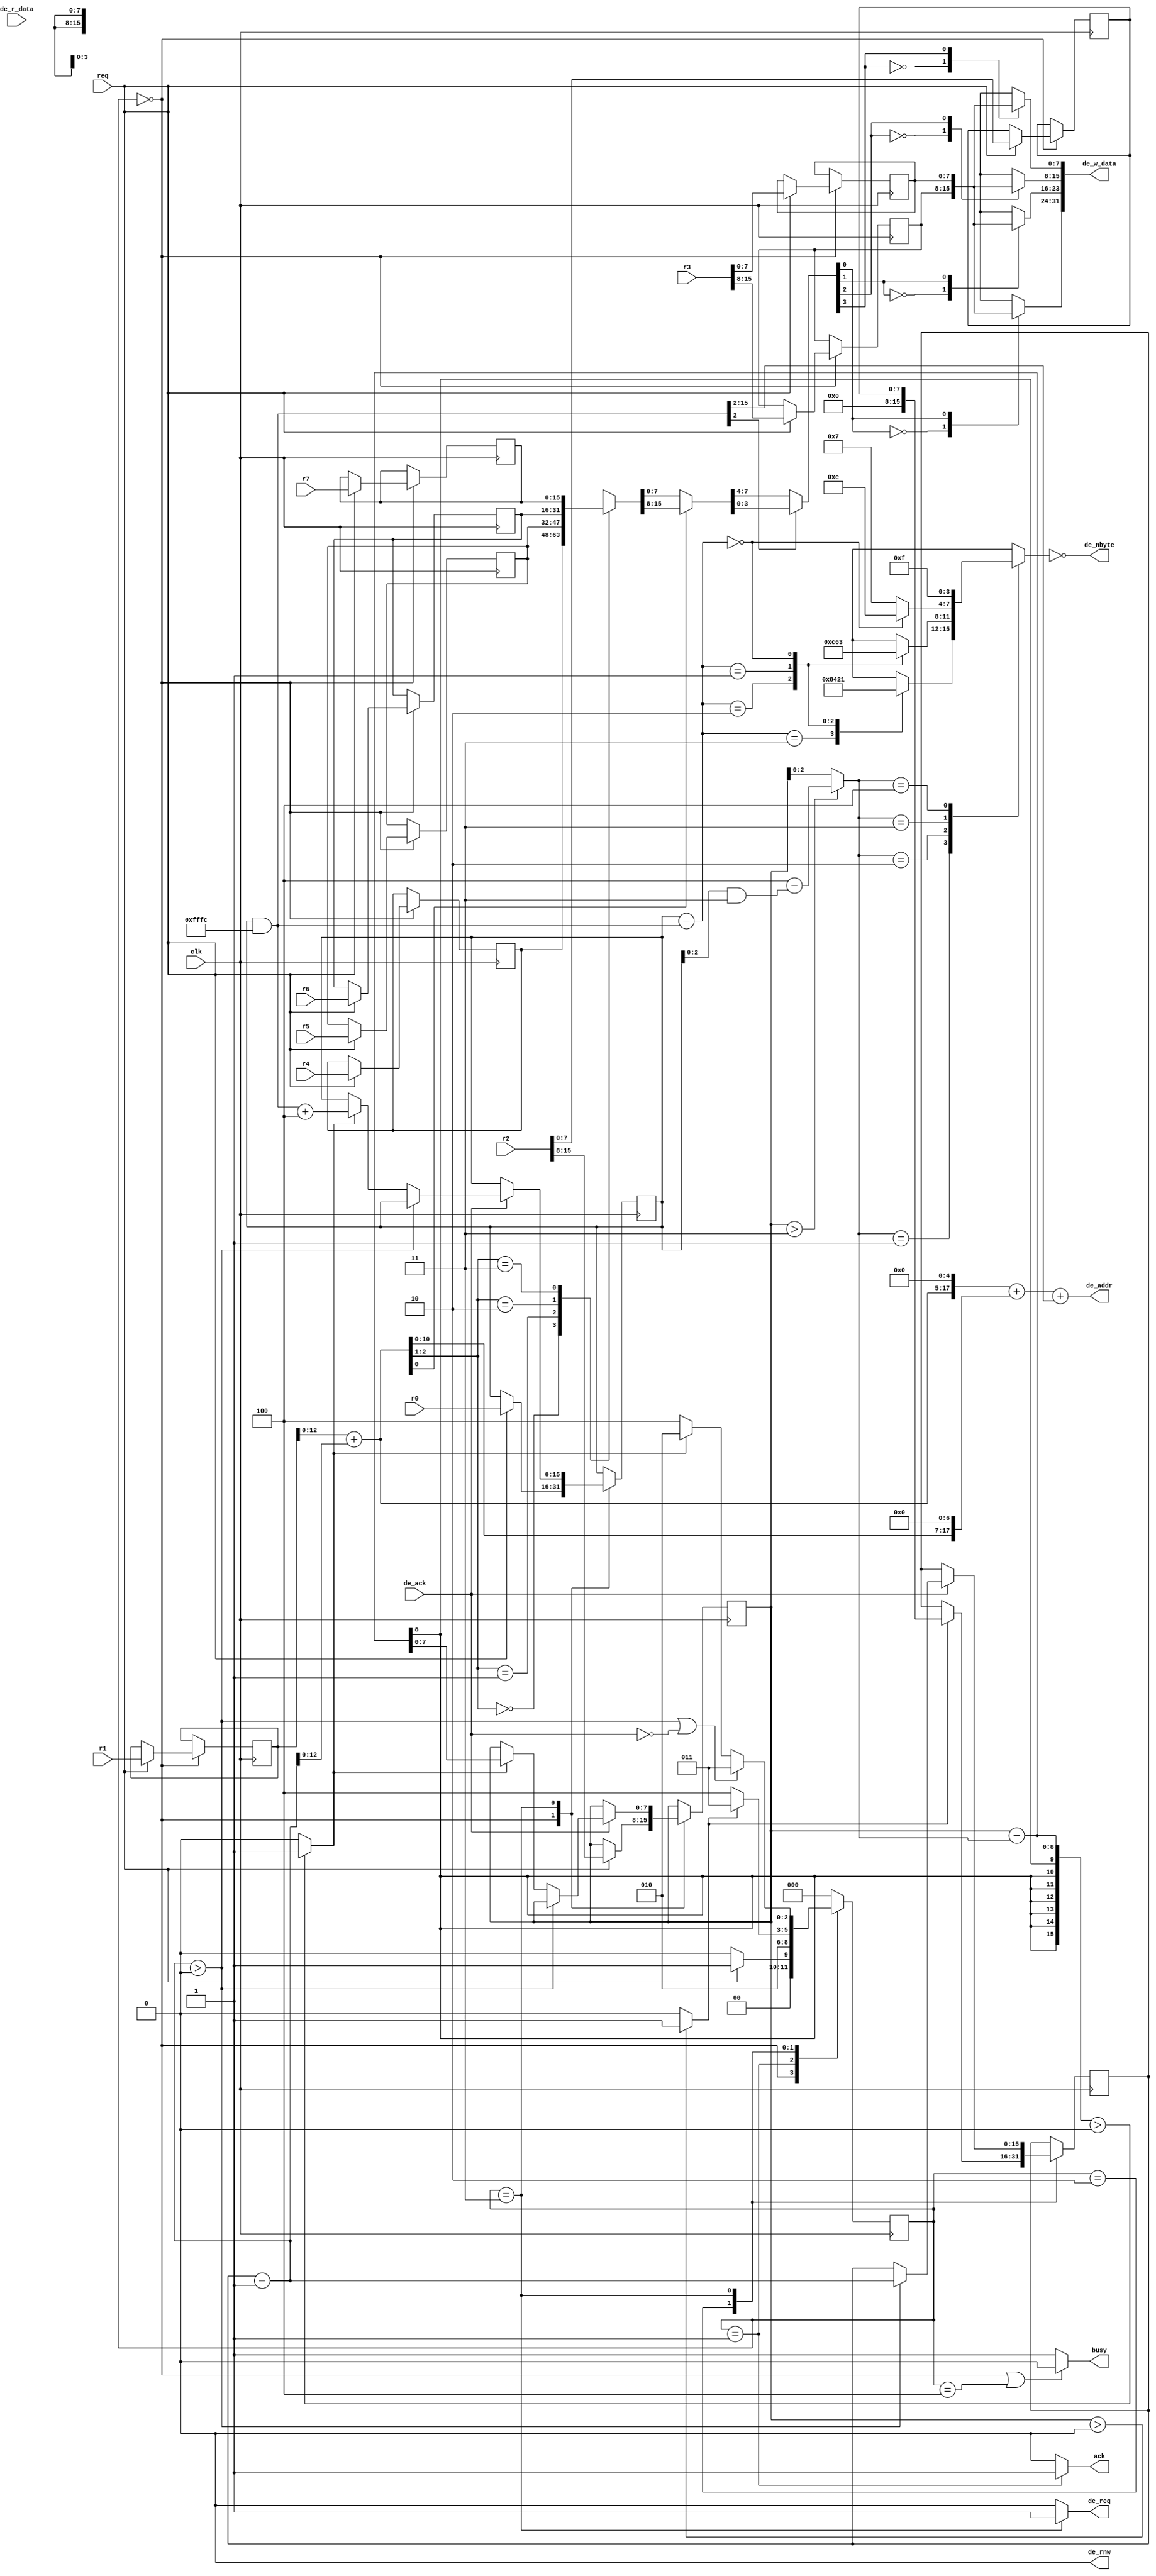
// Verilog HDL for "COMP32211", "drawing_jp_rect" "functional"

/*
 *
 * Verilog rectangle drawing module
 *
 * Module will draw rectangles on the screen with the given colors and pattern
 *
 * The modules inputs are as follows
 *
 * wire_name | bits | description      | example
 * ----------|------|------------------|--------
 * r0        | 16   | start x pos      | 16'd10
 * r1        | 16   | start y pos      | 16'd10
 * r2[15:8]  | 8    | width            | 16'd200
 * r2[ 7:0]  | 8    | height           | 16'd200
 * r3[15:8]  | 8    | colour 1         |  8'b111_111_11
 * r3[ 7:0]  | 8    | colour 2         |  8'b101_100_01
 * r4        | 16   | pattern rows 1-2 | 16'b11111111_11111111
 * r5        | 16   | pattern rows 3-4 | 16'b11111111_11111111
 * r6        | 16   | pattern rows 5-6 | 16'b11111111_11111111
 * r7        | 16   | pattern rows 7-8 | 16'b11111111_11111111
 * */

`define TPD 2

module drawing_jp_rect( input  wire        clk,
                      input  wire        req,
                      output wire        ack,
                      output wire        busy,
                      input  wire [15:0] r0,
                      input  wire [15:0] r1,
                      input  wire [15:0] r2,
                      input  wire [15:0] r3,
                      input  wire [15:0] r4,
                      input  wire [15:0] r5,
                      input  wire [15:0] r6,
                      input  wire [15:0] r7,
                      output wire        de_req,
                      input  wire        de_ack,
                      output wire [17:0] de_addr,
                      output wire  [3:0] de_nbyte,
                      output wire        de_rnw,
                      output wire [31:0] de_w_data,
                      input  wire [31:0] de_r_data );


// state enumeration
`define STATE_START 0      // state to await input request
`define STATE_ACK 1        // state to send ACK signal and latch params
`define STATE_CALCULATE 2  // state to calculate the next column params
`define STATE_DRAW 3       // state to draw the curent pixel block
`define STATE_DONE 4       // state to signal finished drawing

// fsm state
reg  [2:0]  state;
initial state = `STATE_START; // added to fix bug of module starting on FPGA
                              // in incorrect state

// internal transition signals, used by the fsm to decide on next state
wire        cols_to_draw;  // are there more columns to draw after this?
wire        last_col;      // is this the last column in the rectangle?
wire        rows_to_draw;  // is there any more rows to draw after this one?

// request params
reg  [15:0] startx;        // stores the curent start x position value
reg  [15:0] starty;        // stores the starting y position value
reg  [ 7:0] width;         // stores the remaining width left to
                           // draw (from startx)
reg  [ 7:0] height;        // stores the height of the rectangle
reg  [ 7:0] colourPalet [1:0];
                           // stores the two colours to be drawn
reg  [15:0] patternRegBank [3:0];
                           // stores the 8x8 pattern in 4 "reg's"
                           // these are arranged as follows
                           //0[----|----]
                           // [----|----]
                           //1[----|----]
                           // [----|----]
                           //2[----|----]
                           // [----|----]
                           //3[----|----]
                           // [----|----]
                           //
                           // where each row above is supplied in a seperate
                           // reg

// calculated values (assigns)
wire [15:0] startxWord;    // word alligned value of startx
wire [15:0] nextStartx;    // next value of startx (after this col is done) 
wire [ 2:0] pxDone;        // number of pixels complete in this col (1,2,3,4)
wire [15:0] nextWidth;     // the next value of width (after this col)

// coldraw params
reg  [15:0] remHeight;     // remaining height to draw in this column

// calculated values (assigns)
wire [15:0] nextRemHeight; // the next value of remHeight
wire [15:0] colx;          // column to draw (word alligned)
reg  [ 3:0] colmask;       // this columns mask
wire [15:0] coloffset;     // the offset into this column of the first drawn px
wire [15:0] curY;          // the current Y value of this row


wire [ 1:0] patternRegSel; // the selected pattern from bank
wire [15:0] patternReg;    // the value of the selected pattern bank
wire [ 7:0] row;           // the row from the selected pattern bank
wire [ 3:0] pattern;       // the column from the row

// STATE TRANSITION FOR FSM
always @ (posedge clk)
begin
  case (state)
    `STATE_START:
      state <= (req)? `STATE_ACK:`STATE_START;
    `STATE_ACK:
      state <= `STATE_CALCULATE;
    `STATE_CALCULATE:
      state <= (cols_to_draw)? `STATE_DRAW:`STATE_DONE; 
    `STATE_DRAW:
      if(rows_to_draw || !de_ack)
        state <= `STATE_DRAW;
      else
        state <= (last_col)? `STATE_CALCULATE:`STATE_DONE;
    `STATE_DONE:
      state <= `STATE_START;
    default:
      state <= `STATE_START;
  endcase
end

always @ (posedge clk)
begin
  case (state)
    `STATE_START:
    begin
      if(req)
      begin
        startx = r0;
        starty = r1;
        width  = r2[15:8];
        height = r2[ 7:0];
        colourPalet[0]= r3[15:8];
        colourPalet[1]= r3[ 7:0];
        patternRegBank[0] = r4;
        patternRegBank[1] = r5;
        patternRegBank[2] = r6;
        patternRegBank[3] = r7;
      end
    end
    `STATE_ACK:
    begin
      
    end
    `STATE_CALCULATE:
    begin
      if(cols_to_draw)
      begin
        remHeight = height; // store complete height
      end
    end
    `STATE_DRAW:
    begin
      if(!de_ack)
        ;
      else if(rows_to_draw)
        remHeight = remHeight - 1;
      else if(last_col)
        begin
          startx = nextStartx;
          width = nextWidth;
        end
    end
    //`STATE_DONE:
    
  endcase
end

// assign outputs
assign busy = (state==`STATE_START||state==`STATE_DONE)? 0:1;
assign ack = (state==`STATE_ACK)? 1:0;
// assign signals for fsm
assign cols_to_draw = (width>0)? 1:0;
assign last_col = (nextWidth>0)? 1:0;
assign rows_to_draw = nextRemHeight>0;
// assign helper signals
assign startxWord = startx&((0-1)<<2);
assign pxDone = (width>3)? (4) - (startx & 2'h3):width;
assign nextStartx = startxWord + (1<<2);
assign nextWidth = width - pxDone;
assign nextRemHeight = remHeight - 1;
assign curY = starty+nextRemHeight;
assign colx = startxWord;
assign coloffset = startx - startxWord;
// color assignments
assign patternRegSel = curY[2:1];
assign patternReg = patternRegBank[patternRegSel];
assign row = curY[0]? patternReg[15:8]:patternReg[7:0];
assign pattern = startxWord[2]? row[3:0]:row[7:4];


// assign output pixel draw
assign de_req = (state==`STATE_DRAW)? 1:0;
assign de_addr =  ( (curY<<5) + (curY<<7) + (startxWord>>2) );
assign de_nbyte = ~colmask;
assign de_rnw = 0;
assign de_w_data = {
  colourPalet[pattern[0]],
  colourPalet[pattern[1]],
  colourPalet[pattern[2]],
  colourPalet[pattern[3]]};


// calculate colmask
// this is a selection of which pixels to draw
always @ (coloffset,pxDone)
begin
  case(pxDone)
    1: begin case (coloffset)
        3:colmask <= 4'b1000;
        2:colmask <= 4'b0100;
        1:colmask <= 4'b0010;
        0:colmask <= 4'b0001;
        default colmask<=4'bxxxx;
       endcase end
    2: begin case (coloffset)
        2:colmask <= 4'b1100;
        1:colmask <= 4'b0110;
        0:colmask <= 4'b0011;
        default colmask<=4'bxxxx;
       endcase end
    3: colmask <= (coloffset==0)? 4'b1110:4'b0111;
    4: colmask <= 4'b1111;
    default: colmask<=4'bxxxx;
  endcase
end
endmodule